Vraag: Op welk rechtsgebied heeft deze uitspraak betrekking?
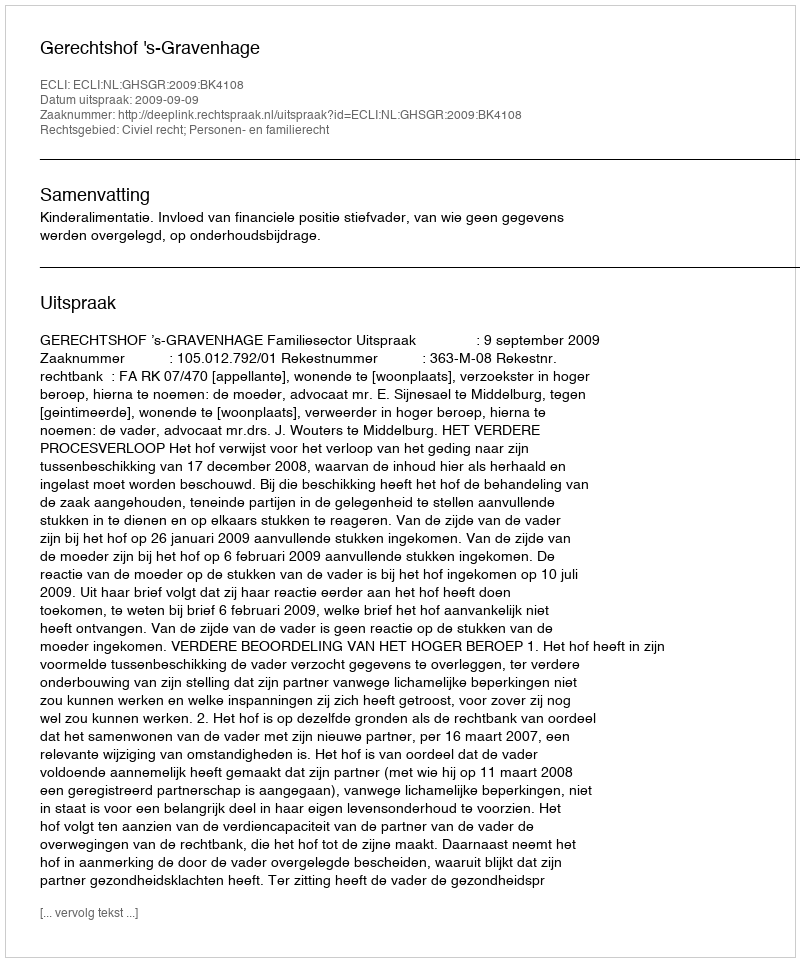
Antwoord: Civiel recht; Personen- en familierecht